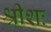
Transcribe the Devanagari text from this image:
श्रीशः